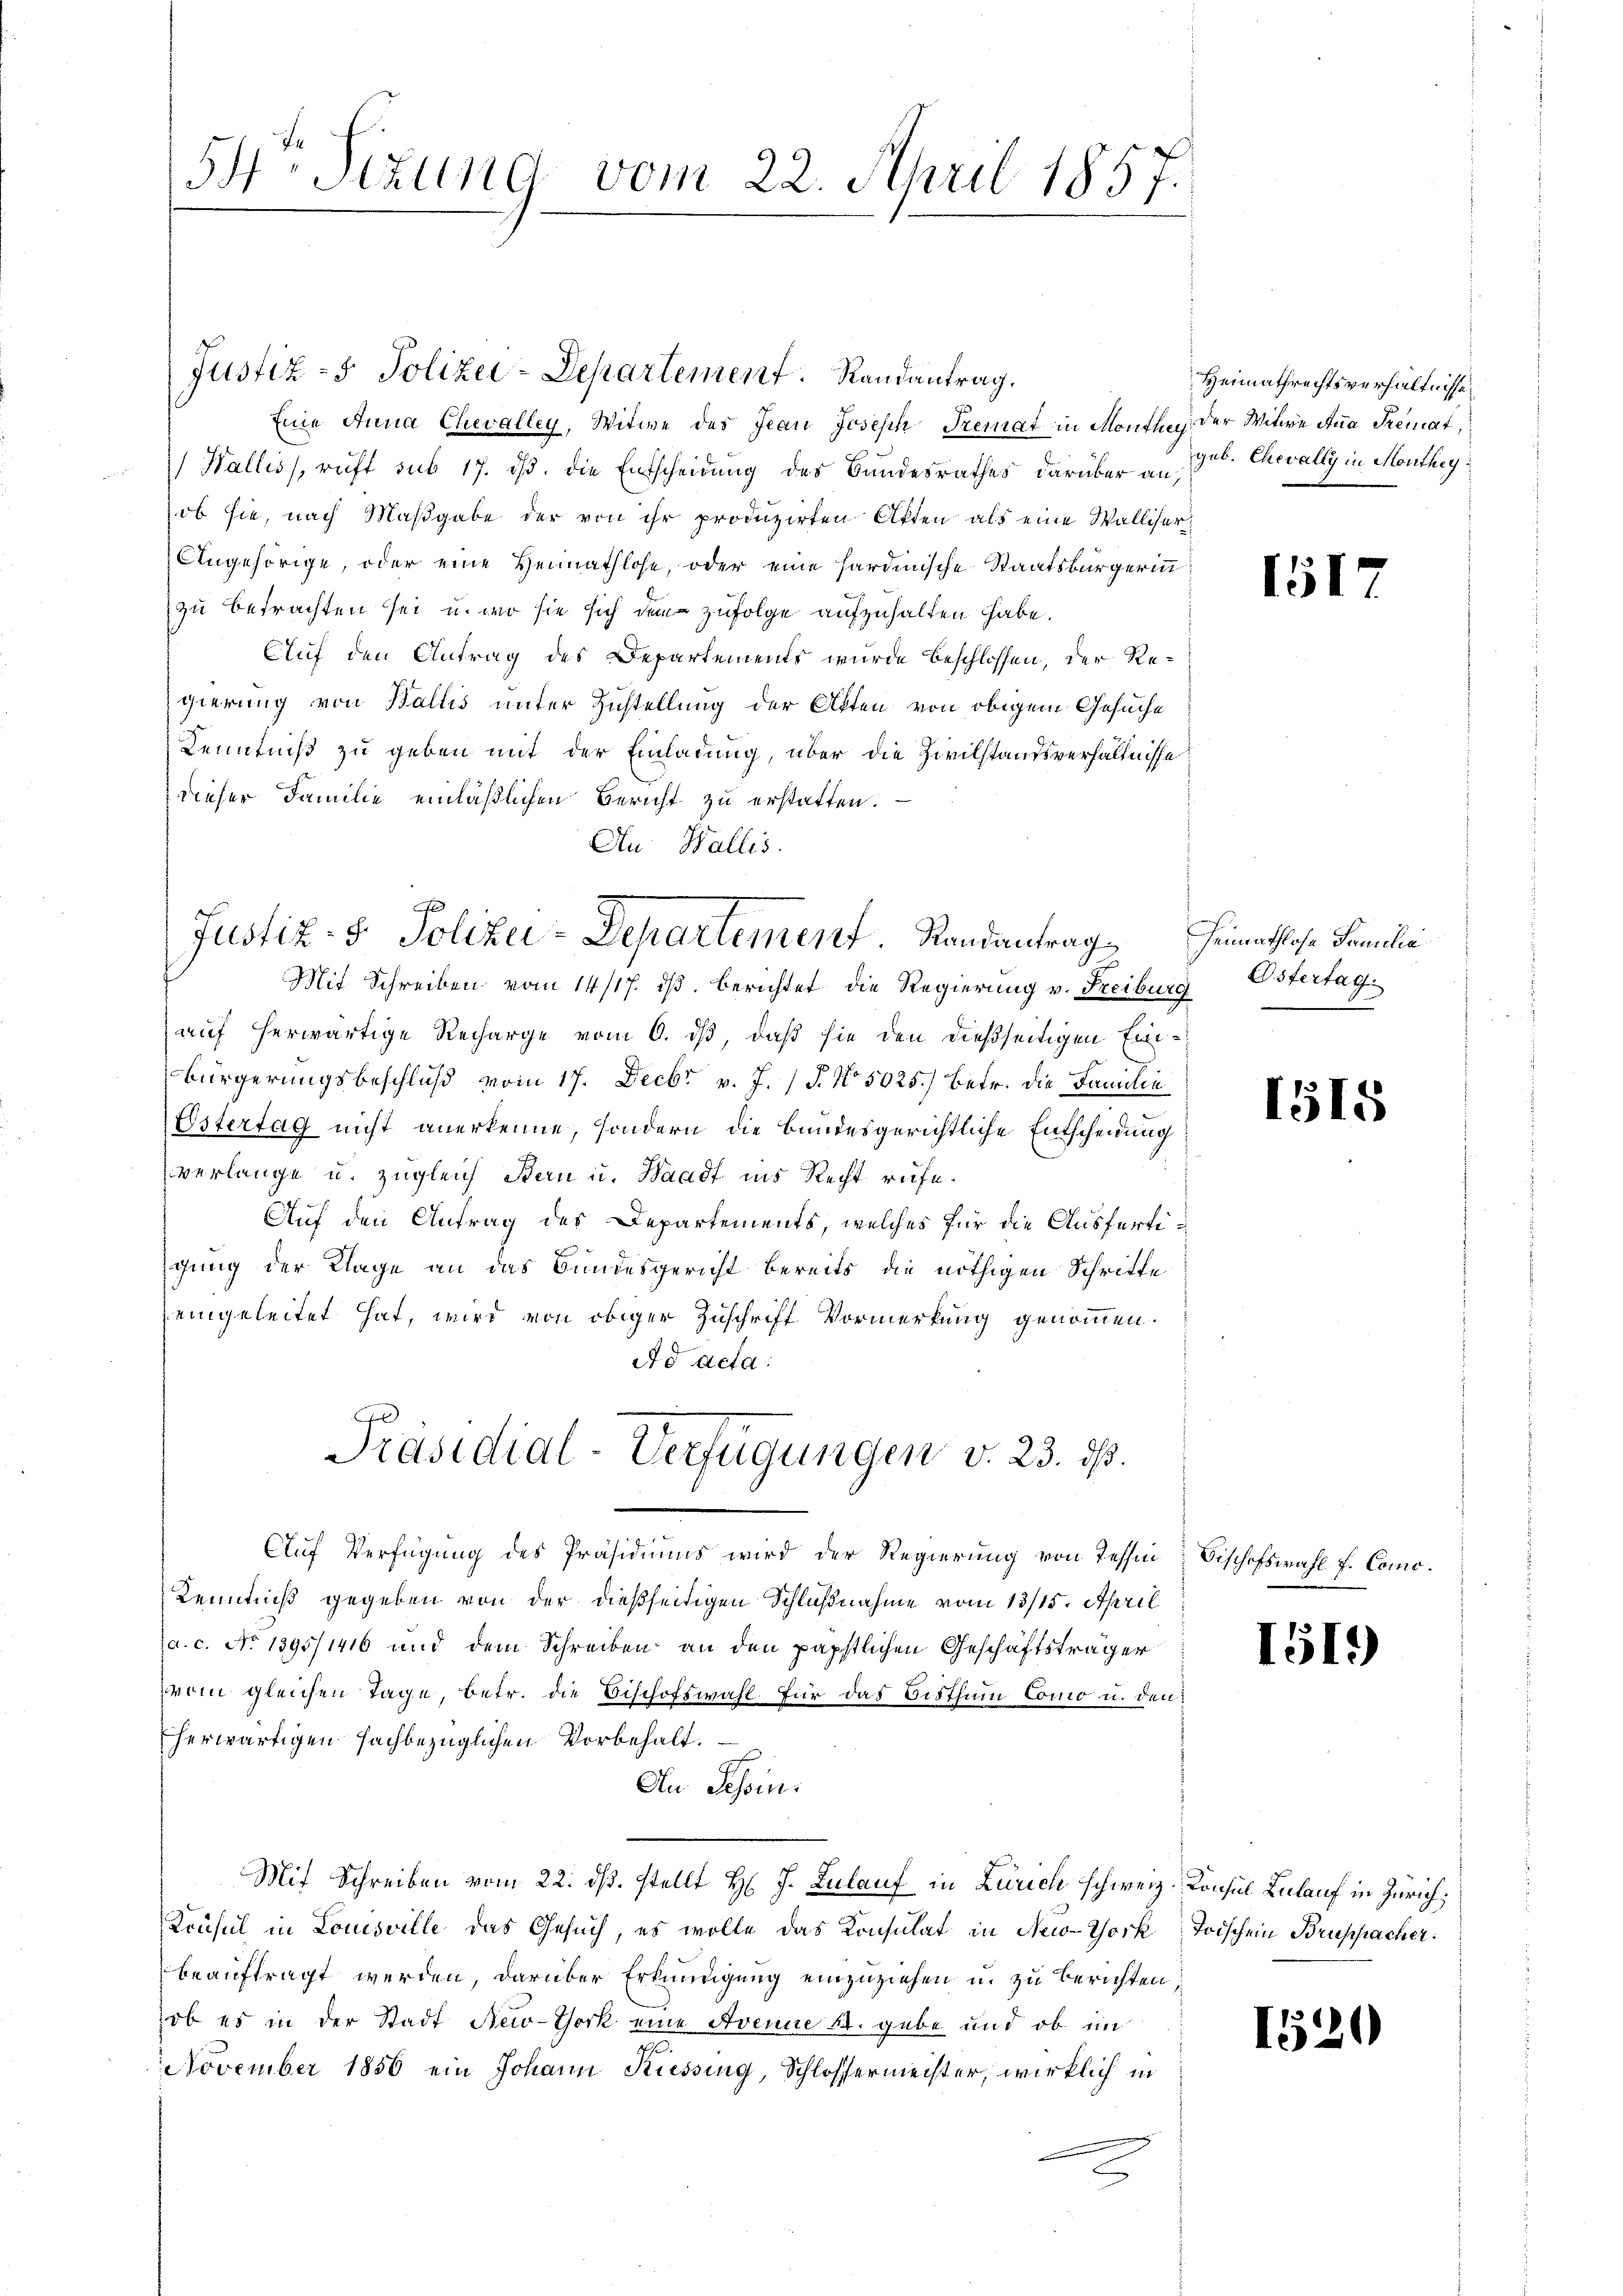
54. Sizung vom 22. April 1857.

Eine Anna Chevalley, Witwe des Jean Joseph Tremat in Monthe der Witwe Ana Tremat,
Wallis, ruft sub 17. ds. die Entscheidung des Bundesrathes darüber an geb. Chevally in Monthey
ob sie, nach Maßgabe der von ihr produzirten Akten als eine Walliser¬
Angehörige, oder eine Heimathlose, oder eine hardinische Staatsbürgerinn
zu betrachten sei, u. wo sie sich demzufolge aufzuhalten habe.
Auf den Antrag des Departements wurde beschlossen, der Regierung von Wallis unter Zustellung der Akten von obigem Gesuche
Kenntniß zu geben mit der Einladung, über die Zivilstandsverhältnisse
dieser Familie einläßlichen Bericht zu erstatten.
Au Wallis.

p
Justiz- & Polizei-Departement. Randantrag

Justiz- & Polizei-Departement. Randantrag.

Mit Schreiben vom 14/17. ds. berichtet die Regierung v. Freiburg
auf herwärtige Recharge vom 6. dß, daß sie den dießseitigen Ein¬
Bürgerungsbeschluß vom 17. Decbr v. J. P. No. 5025.) Betr. die Familie
Estertag nicht anerkenne, sondern die bundesgerichtliche Entscheidung
verlange u. zugleich Stern u. Waadt ins Recht rufe¬
Auf den Anfrag des Departements, welches für die Ausfertigung der Klage an das Bundesgericht bereits die nöthigen Schritte
eingeleitet hat, wird von obiger Zuschrift Vormerkung genommen.
Ad Acta:
Auf Verfügung des Präsidiums wird der Regierung von Tessin
Kenntniß gegeben von der dießseitigen Schlußnahme vom 13/15. April
a. c. No 1395/1416 und dem Schreiben an den päpstlichen Geschäftsträger
vom gleichen Tage, betr. die Bischofswahl für das Bisthum Como u. den
herwärtigen sachbezüglichen Vorbehalt.
An Tessin.
Mit Schreiben vom 22. ds. stellt Hr. J. Zulauf in Zürich schweiz. Konsul Zulauf in Zürich,
Krusel in Louisville das Gesuch, es wolle das Konsulat in New-York Toischein Bruppacher
beauftragt werden, darüber Erkundigung einzuziehen u. zu berichten,
ob es in der Stadt New-York eine Avenue St. gabe und ob im
November 1856 ein Johann Kiessing, Schlossermeister, wirklich in

Präsidial-Verfügungen v. 23. ds.

Heimathrechtsverhältnisse

151

Heimathlose Familie
Östertag.

1515

Bischofswahl f. Comc.

1519)

1520